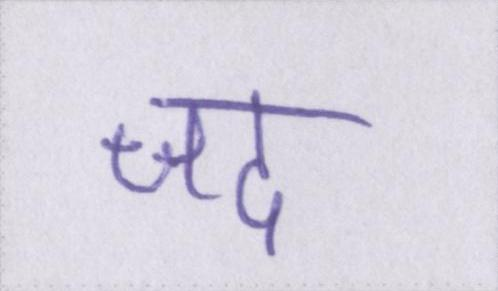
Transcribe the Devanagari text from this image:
जद